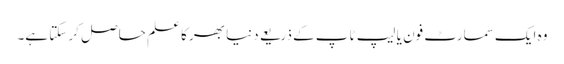
وہ ایک سمارٹ فون یا لیپ ٹاپ کے ذریعے دنیا بھر کا علم حاصل کر سکتا ہے۔